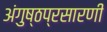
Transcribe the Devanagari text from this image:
अंगुष्ठप्रसारणी